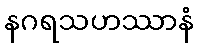
နဂရသဟဿာနံ